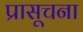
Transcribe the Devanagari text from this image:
प्रासूचना